Punjab Mental Hospital Lahore 1932-46 - 1932-1946
Year: 1932
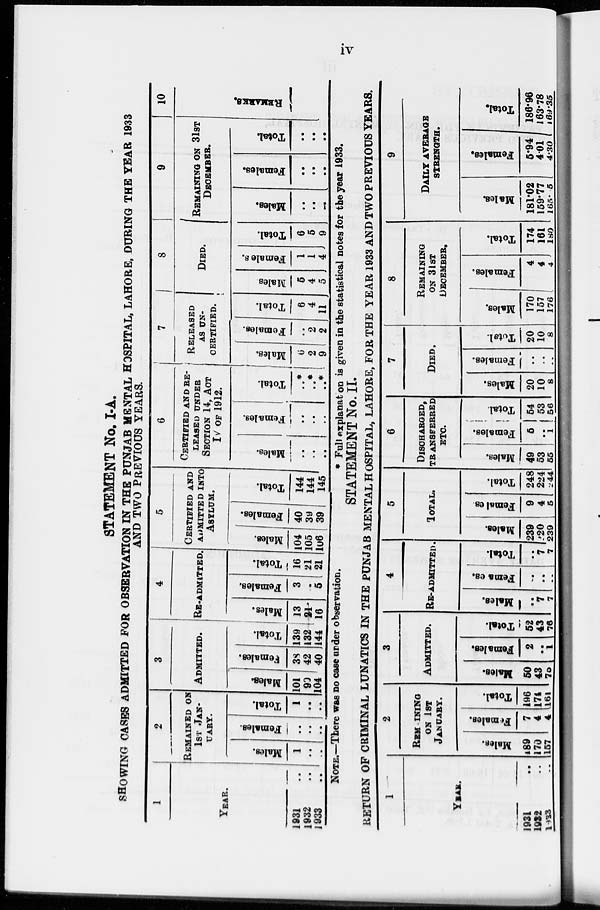
iv
STATEMENT No. I-A.
SHOWING CASES ADMITTED FOR OBSERVATION IN THE PUNJAB MENTAL HOSPITAL, LAHORE, DURING THE YEAR 1933
AND TWO PREVIOUS YEARS.
1
YEAR.
1931 ..
1932 ..
1933 ..
2
REMAINED ON
1ST JAN-
----.
Males.
1
..
..
Females.
..
..
..
Total.
1
..
..
3
ADMITTED.
Males.
101
90
104
Females.
38
42
40
Total.
139
132
144
4
RE-ADMITTED.
Males.
13
21
16
Females.
3
..
5
Total.
16
21
21
5
CERTIFIED
AND
ADMITTED INTO
ASYLUM.
Males.
104
105
106
Females.
40
39
39
Total.
144
144
145
6
CERTIFIED AND RE-
------ UNDER
SECTION 14, ACT
IV OF 1912.
Males.
..
..
..
Females.
..
..
..
Total.
..*
..*
..*
7
RELEASED
AS UN-
CERTIFIED.
Males.
6
2
9
Females.
..
2
2
Total.
6
4
11
8
DIED.
Males.
5
4
5
Females.
1
1
4
Total.
6
5
9
9
REMAINING ON 31ST
DECEMBER.
Males.
..
..
...
Females.
..
..
..
Total.
..
..
..
10
REMARKS.
NOTE.—There was no case under observation.
*
Full explanation is given in the statistical notes for the year 1933.
STATEMENT No. II.
RETURN OF CRIMINAL LUNATICS IN THE PUNJAB MENTAL HOSPITAL, LAHORE, FOR THE YEAR 1933 AND TWO PREVIOUS YEARS.
1
YEAR.
1931 ..
1932 ..
1933 ..
2
REM-INING
ON 1ST
JANUARY.
Males.
189
170
157
Females.
7
4
4
Total.
196
174
161
3
ADMITTED.
Males.
50
43
75
Females.
2
..
1
Total.
52
43
76
4
RE-ADMITTED.
Males.
..
7
7
Females.
..
..
..
Total.
..
7
7
5
TOTAL.
Males.
239
220
239
Females.
9
4
5
Total.
248
224
244
6
DISCHARGED,
TRANSFERRED
ETC.
Males.
49
53
55
Females.
5
..
1
Total.
54
53
56
7
DIED.
Males.
20
10
8
Females.
..
..
..
Total.
20
10
8
8
REMAINING
ON 31ST
DECEMBER.
Males.
170
157
176
Females.
4
4
4
Total.
174
161
180
9
DAILY AVERAGE
STRENGTH.
Males.
181.02
159.77
165.05
Females.
5.94
4.01
4.30
Total.
186.96
163.78
169.35